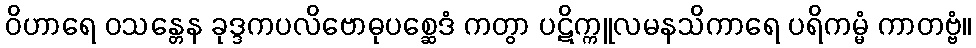
ဝိဟာရေ ဝသန္တေန ခုဒ္ဒကပလိဗောဓုပစ္ဆေဒံ ကတွာ ပဋိက္ကူလမနသိကာရေ ပရိကမ္မံ ကာတဗ္ဗံ။